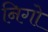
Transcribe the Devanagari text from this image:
निगो